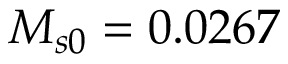
M _ { s 0 } = 0 . 0 2 6 7